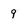
Character: 9